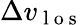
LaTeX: \Delta v_{\mathrm{~l~o~s~}}